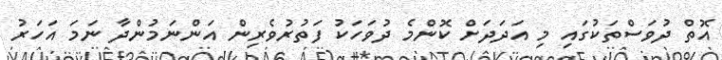
އޮތް ދުވަސްތަކުގައި މި އަދަދަށް ކޮންމެ ދުވަހަކު ފަތުރުވެރިން އަންނަމުންދާ ނަމަ އަހަރު